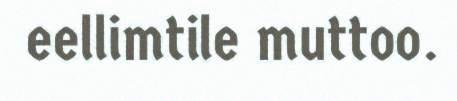
eellimtile muttoo.